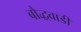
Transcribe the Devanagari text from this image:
बौद्धवाडी